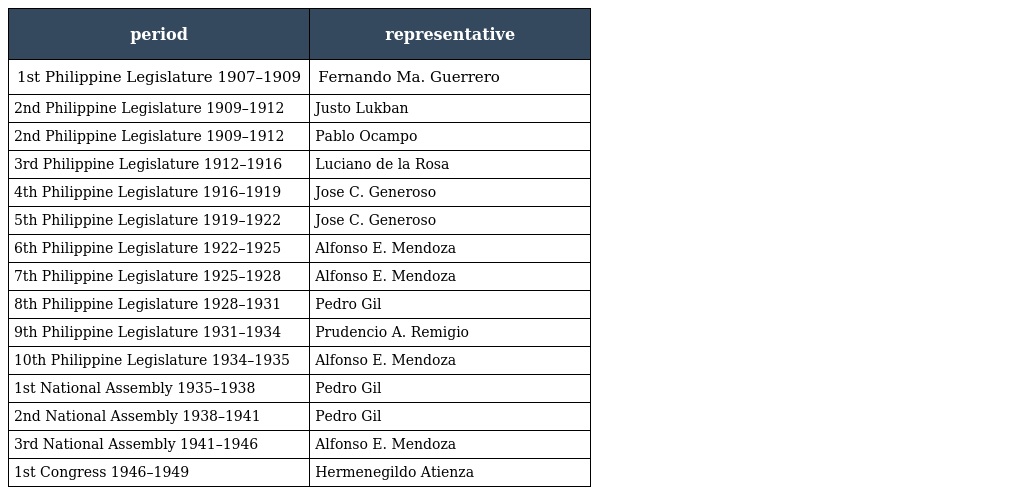
| period | representative |
 | --- | --- |
 | 1st Philippine Legislature 1907–1909 | Fernando Ma. Guerrero |
 | 2nd Philippine Legislature 1909–1912 | Justo Lukban |
 | 2nd Philippine Legislature 1909–1912 | Pablo Ocampo |
 | 3rd Philippine Legislature 1912–1916 | Luciano de la Rosa |
 | 4th Philippine Legislature 1916–1919 | Jose C. Generoso |
 | 5th Philippine Legislature 1919–1922 | Jose C. Generoso |
 | 6th Philippine Legislature 1922–1925 | Alfonso E. Mendoza |
 | 7th Philippine Legislature 1925–1928 | Alfonso E. Mendoza |
 | 8th Philippine Legislature 1928–1931 | Pedro Gil |
 | 9th Philippine Legislature 1931–1934 | Prudencio A. Remigio |
 | 10th Philippine Legislature 1934–1935 | Alfonso E. Mendoza |
 | 1st National Assembly 1935–1938 | Pedro Gil |
 | 2nd National Assembly 1938–1941 | Pedro Gil |
 | 3rd National Assembly 1941–1946 | Alfonso E. Mendoza |
 | 1st Congress 1946–1949 | Hermenegildo Atienza |